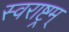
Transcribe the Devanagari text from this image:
स्वराष्ट्रम्‌